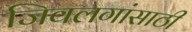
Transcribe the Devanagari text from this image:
जिवलगांसाठी